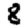
Digit: 8